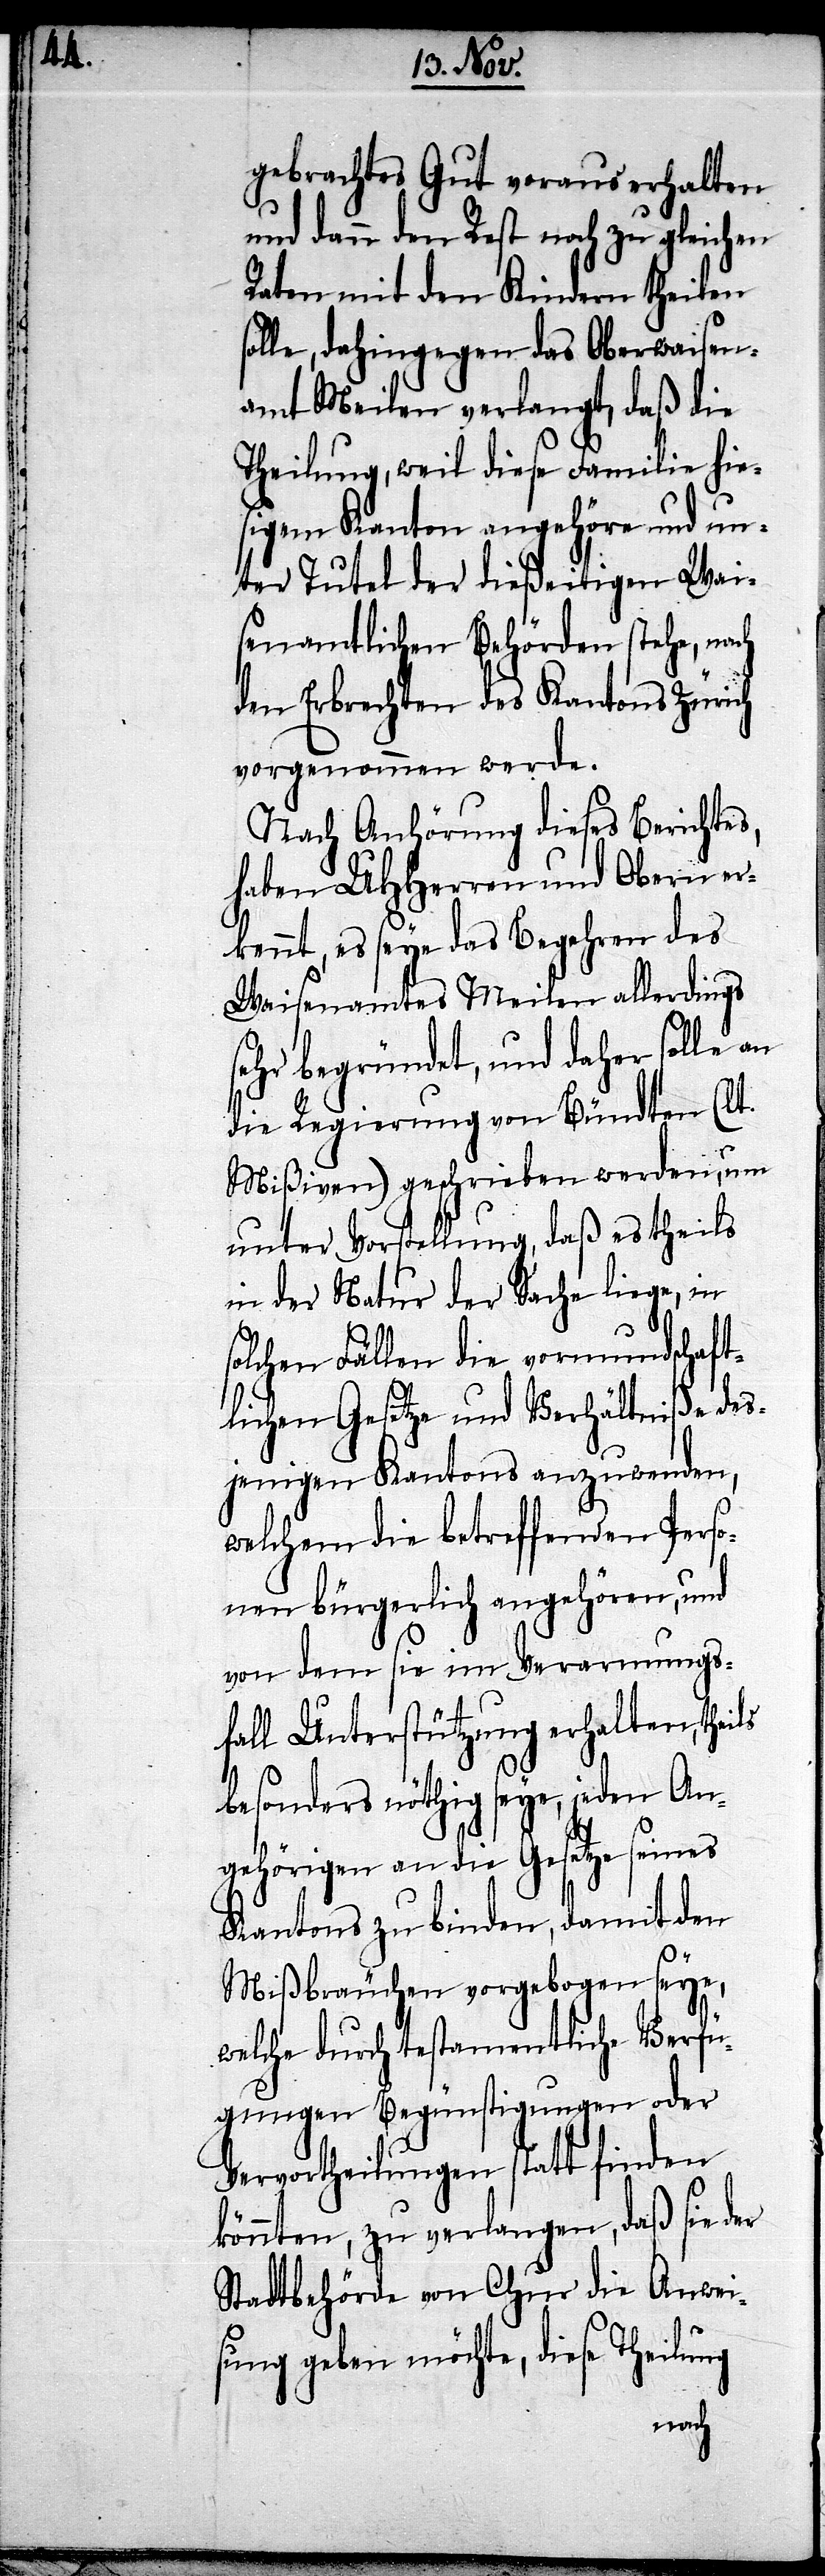
gebrachtes Gut voraus erhalten
und dann den Rest noch zu gleichen
Raten mit den Kindern theilen
solle, dahingegen das Oberwaisen¬
amt Meilen verlangt, daß die
Theilung, weil diese Familie hie¬
sigem Kanton angehöre und un¬
ter Tutel der dießseitigen Wai¬
senamtlichen Behörden stehe, nach
den Erbrechten des Kantons Zürich
vorgenommen werde.
Nach Anhörung dieses Berichtes,
haben UHHerren und Obern er¬
kennt, es seye das Begehren des
Waisenamtes Meilen allerdings
sehr begründet, und daher solle an
die Regierung von Bündten (lt.
Mißiven) geschrieben werden, um
unter Vorstellung, daß es theils
in der Natur der Sache liege, in
solchen Fällen die vormundschaft¬
lichen Gesetze und Verhältniße des¬
jenigen Kantons anzuwenden,
welchem die betreffenden Perso¬
nen bürgerlich angehören, und
von dem sie im Verarmungs¬
fall Unterstützung erhalten, theils
besonders nöthig seye, jeden An¬
gehörigen an die Gesetze seines
Kantons zu binden, damit den
Mißbräuchen vorgebogen seye,
welche durch testamentliche Verfü¬
gungen Begünstigungen oder
Vervortheilungen statt finden
könnten, zu verlangen, daß sie der
Stadtbehörde von Chur die Anwei¬
sung geben möchte, diese Theilu¬
ng